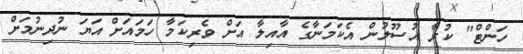
ހަންޓް" ކުރާ އުސޫލުން އެކަމަނާގެ އާއިލާ އަށް ވެރިކަމާ ހަމައަށް އަޔަ ނުދިނުމަށް